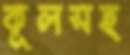
কূলসহ